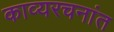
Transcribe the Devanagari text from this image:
काव्यरचनांत